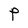
Character: P